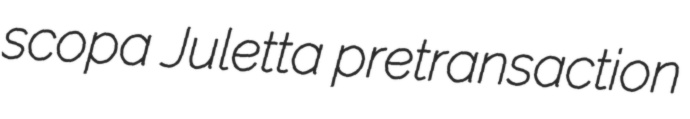
scopa Juletta pretransaction